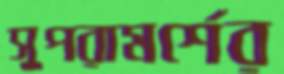
সুপরামর্শের